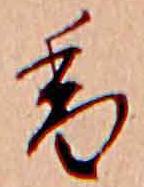
香